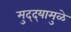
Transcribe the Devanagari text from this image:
मुद्‌द्‌यामुळे